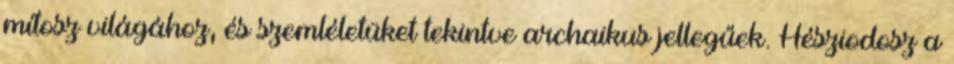
mítosz világához, és szemléletüket tekintve archaikus jellegűek. Hésziodosz a